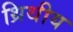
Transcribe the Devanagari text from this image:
थ्रिथीय